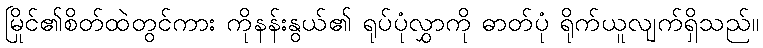
မြိုင်၏စိတ်ထဲတွင်ကား ကိုနန်းနွယ်၏ ရုပ်ပုံလွှာကို ဓာတ်ပုံ ရိုက်ယူလျက်ရှိသည်။